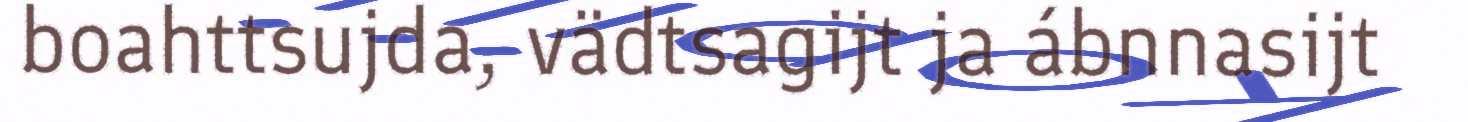
boahttsujda, vädtsagijt ja ábnnasijt